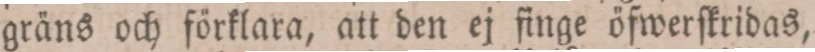
gräns och förklara, att den ej finge öfwerſkridas,